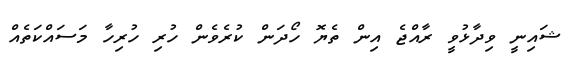
ޝައިނީ ވިދާޅުވީ ރާއްޖެ އިން ތެޔޮ ހޯދަން ކުރެވެން ހުރި ހުރިހާ މަސައްކަތެއް